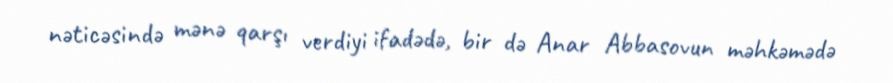
nəticəsində mənə qarşı verdiyi ifadədə, bir də Anar Abbasovun məhkəmədə